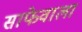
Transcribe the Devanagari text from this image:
साफेवाला